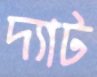
দ্যাট